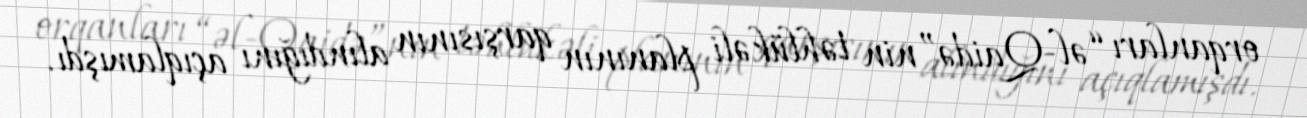
orqanları “əl-Qaidə”nin təhlükəli planının qarşısının alındığını açıqlamışdı.